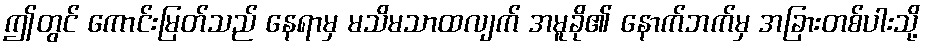
ဤတွင် ကောင်းမြတ်သည် နေရာမှ မသိမသာထလျက် အမူခို၏ နောက်ဘက်မှ အခြားတစ်ပါးသို့